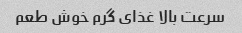
سرعت بالا غذای گرم خوش طعم